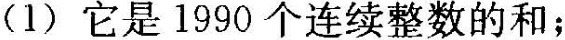
(1)它是1990个连续整数的和；